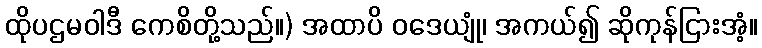
ထိုပဌမဝါဒီ ကေစိတို့သည်။) အထာပိ ဝဒေယျုံ၊ အကယ်၍ ဆိုကုန်ငြားအံ့။